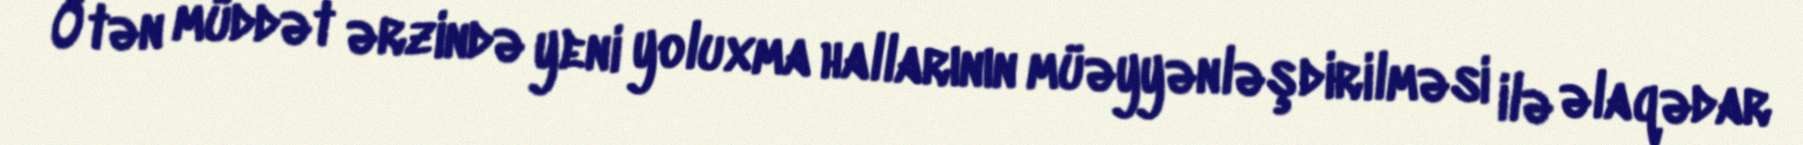
Ötən müddət ərzində yeni yoluxma hallarının müəyyənləşdirilməsi ilə əlaqədar